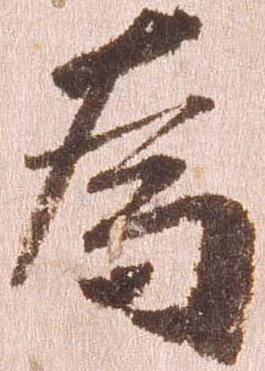
為